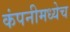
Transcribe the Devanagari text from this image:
कंपनीमध्येच